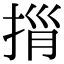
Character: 𢭓